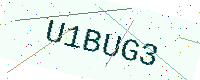
Text: U1BUG3